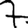
Digit: 7